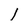
Character: l